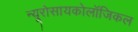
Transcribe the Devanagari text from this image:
न्यूरोसायकोलॉजिकल